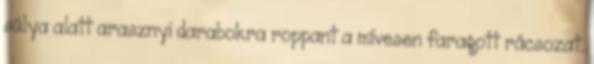
súlya alatt arasznyi darabokra roppant a mívesen faragott rácsozat.